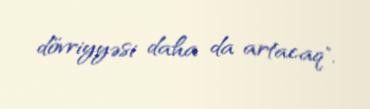
dövriyyəsi daha da artacaq".